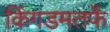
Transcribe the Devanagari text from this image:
किंगडमतर्फे